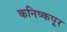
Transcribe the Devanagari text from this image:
कनिष्कपूर